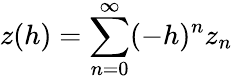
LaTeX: z(h)=\sum_{n=0}^{\infty}(-h)^{n}z_{n}